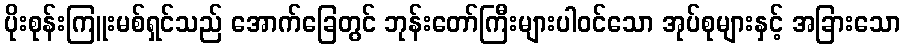
ပိုးစုန်းကြူးမစ်ရှင်သည် အောက်ခြေတွင် ဘုန်းတော်ကြီးများပါဝင်သော အုပ်စုများနှင့် အခြားသော